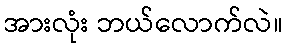
အားလုံး ဘယ်လောက်လဲ။